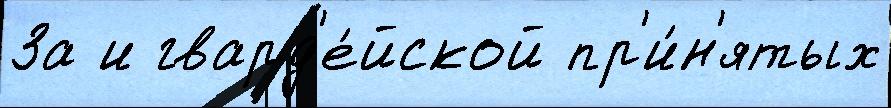
За и гвард'е́йской пр'и́н'ятых